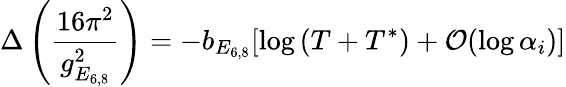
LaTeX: \Delta\left({\frac{16\pi^{2}}{g_{E_{6,8}}^{2}}}\right)=-b_{E_{6,8}}[\log\left(T+T^{\ast}\right)+{\cal O}(\log\alpha_{i})]